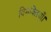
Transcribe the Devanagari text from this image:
विभक्तियाँ।